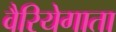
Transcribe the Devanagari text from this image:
वैरियेगाता